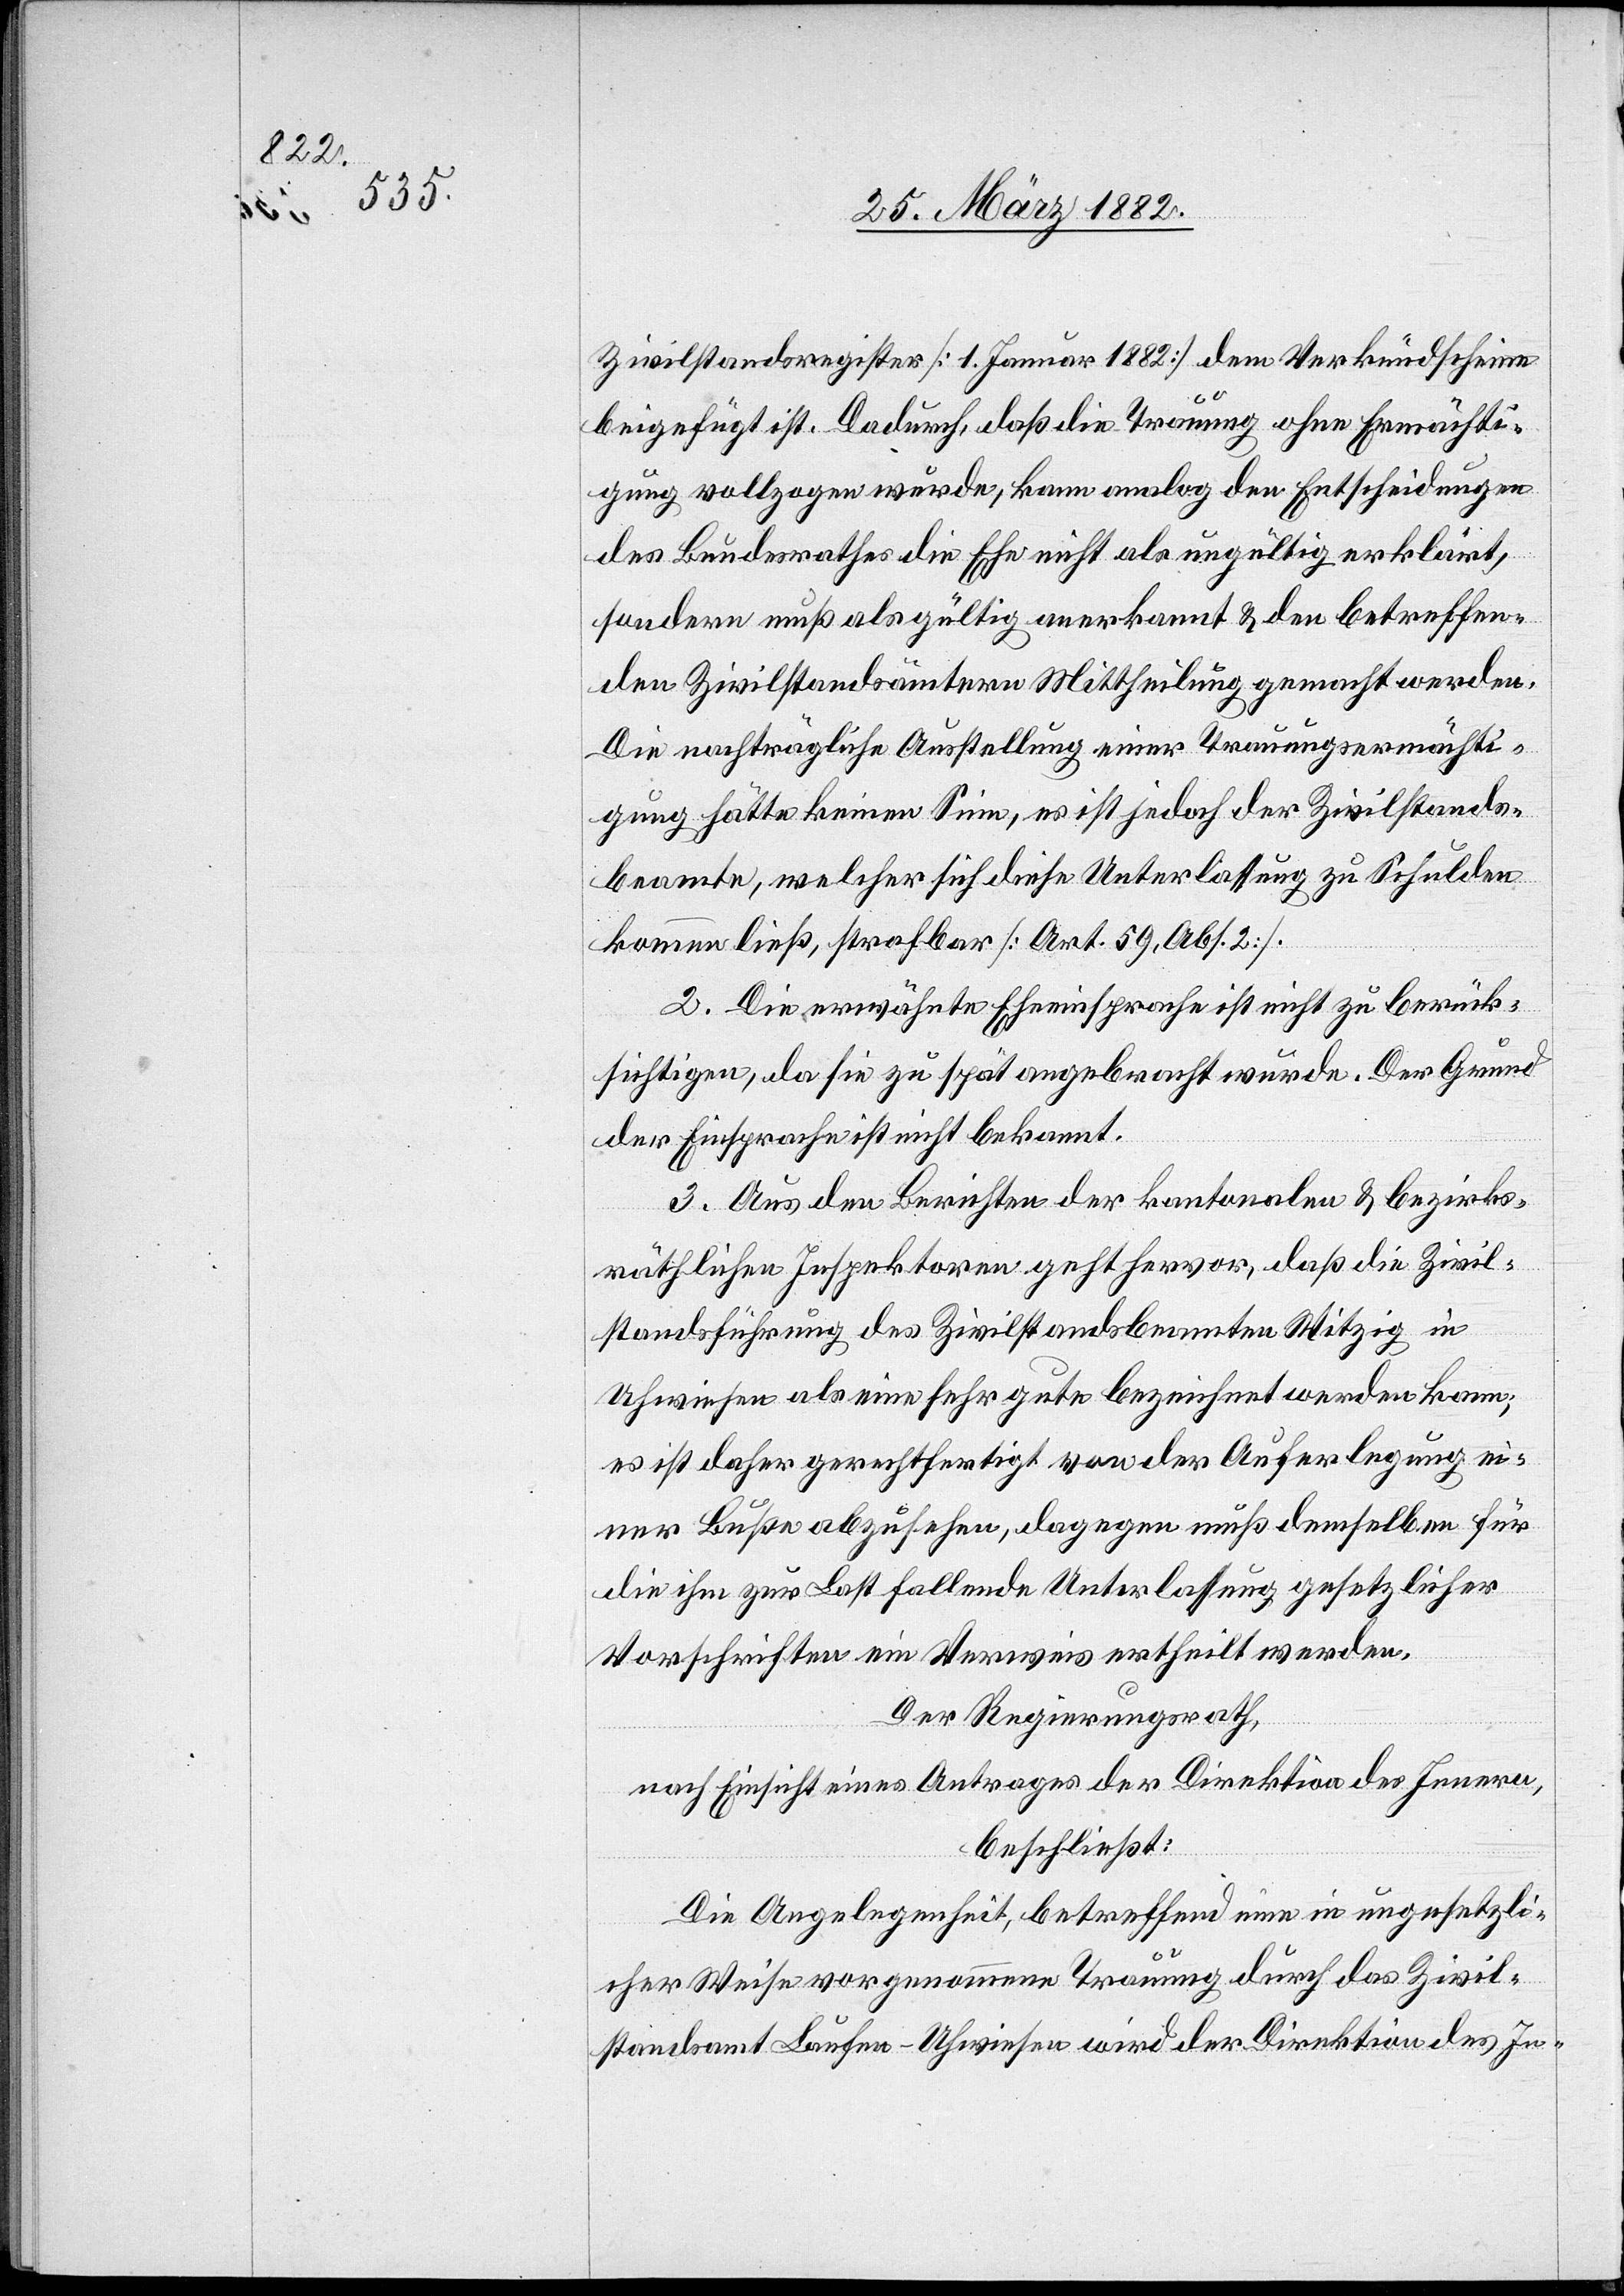
Zivilstandsregister [1. Januar 1882] dem Verkündscheine
beigefügt ist. Dadurch, daß die Trauung ohne Ermächti¬
gung vollzogen wurde, kann analog den Entscheidungen
des Bundesrathes die Ehe nicht als ungültig erklärt,
sondern muß als gültig anerkannt & den betreffen¬
den Zivilstandsämtern Mittheilung gemacht werden.
Die nachträgliche Ausstellung einer Trauungsermächti¬
gung hätte keinen Sinn, es ist jedoch der Zivilstands¬
beamte, welcher sich diese Unterlassung zu Schulden
kommen ließ, strafbar [Art. 59, Abs. 2].
2. Die erwähnte Eheeinsprache ist nicht zu berück¬
sichtigen, da sie zu spät angebracht wurde. Der Grund
der Einsprache ist nicht bekannt.
3. Aus den Berichten der kantonalen & bezirks¬
räthlichen Inspektoren geht hervor, daß die Zivil¬
standsführung des Zivilstandsbeamten Witzig in
Uhwiesen als eine sehr gute bezeichnet werden kann;
es ist daher gerechtfertigt von der Auferlegung ei¬
ner Buße abzusehen, dagegen muß demselben für
die ihm zur Last fallende Unterlassung gesetzlicher
Vorschriften ein Verweis ertheilt werden.
Der Regierungsrath,
nach Einsicht eines Antrages der Direktion des Innern,
beschließt:
Die Angelegenheit, betreffend eine in ungesetzli¬
cher Weise vorgenommene Trauung durch das Zivil¬
standsamt Laufen-Uhwiesen wird der Direktion des In-